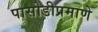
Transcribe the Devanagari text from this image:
पासोडीप्रमाणे